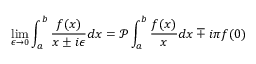
\operatorname* { l i m } _ { \epsilon \to 0 } \int _ { a } ^ { b } \frac { f ( x ) } { x \pm i \epsilon } d x = \mathcal { P } \int _ { a } ^ { b } \frac { f ( x ) } { x } d x \mp i \pi f ( 0 )